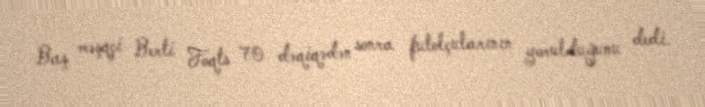
Baş məşqçi Berti Foqts 70 dəqiqədən sonra futolçularının yorulduğunu dedi.